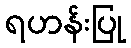
ရဟန်းပြု